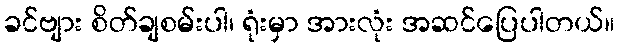
ခင်ဗျား စိတ်ချစမ်းပါ၊ ရုံးမှာ အားလုံး အဆင်ပြေပါတယ်။